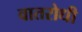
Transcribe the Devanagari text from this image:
वातरोधी